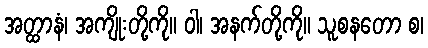
အတ္ထာနံ၊ အကျိုးတို့ကို။ ဝါ၊ အနက်တို့ကို။ သူစနတော စ၊